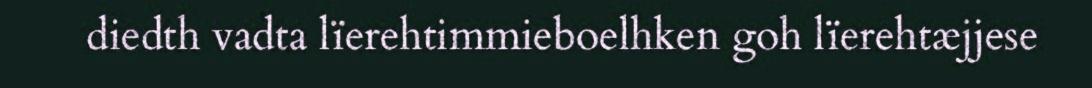
diedth vadta lïerehtimmieboelhken goh lïerehtæjjese